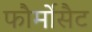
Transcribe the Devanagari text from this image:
फौर्मोसैट